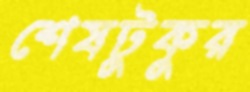
শেষটুকুর